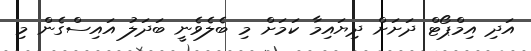
އަދި އިމްޕޯޓް ދަށަށް ދިޔައިމާ ކަމަށް މި ބެލެވެނީ ބަދަލު އައިސްގެން މި